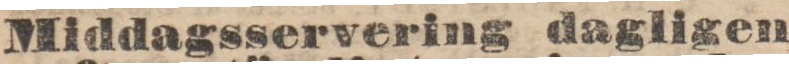
Middagsservering dagligen